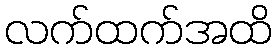
လက်ထက်အထိ